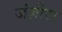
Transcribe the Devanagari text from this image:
जंज़ीरा